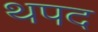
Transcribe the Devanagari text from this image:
थपद